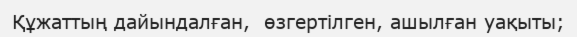
Құжаттың дайындалған,  өзгертілген, ашылған уақыты;